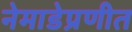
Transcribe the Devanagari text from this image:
नेमाडेप्रणीत